Theory and practice of anti-rabic immunisation - Number 30
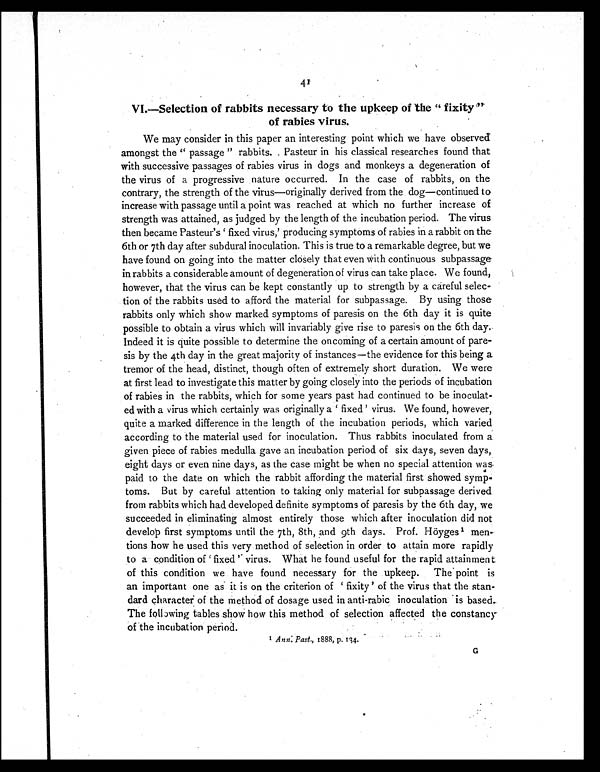
41
VI.—Selection of rabbits necessary to the upkeep of the " fixity"
of rabies virus.
We may consider in this paper an interesting point which we have observed
amongst the "passage" rabbits. Pasteur in his classical researches found that
with successive passages of rabies virus in dogs and monkeys a degeneration of
the virus of a progressive nature occurred. In the case of rabbits, on the
contrary, the strength of the virus—originally derived from the dog—continued to
increase with passage until a point was reached at which no further increase of
strength was attained, as judged by the length of the incubation period. The virus
then became Pasteur's 'fixed virus,' producing symptoms of rabies in a rabbit on the
6th or 7th day after subdural inoculation. This is true to a remarkable degree, but we
have found on going into the matter closely that even with continuous subpassage
in rabbits a considerable amount of degeneration of virus can take place. We found,
however, that the virus can be kept constantly up to strength by a careful selec-
tion of the rabbits used to afford the material for subpassage. By using those
rabbits only which show marked symptoms of paresis on the 6th day it is quite
possible to obtain a virus which will invariably give rise to paresis on the 6th day.
Indeed it is quite possible to determine the oncoming of a certain amount of pare-
sis by the 4th day in the great majority of instances—the evidence for this being a
tremor of the head, distinct, though often of extremely short duration. We were
at first lead to investigate this matter by going closely into the periods of incubation
of rabies in the rabbits, which for some years past had continued to be inoculat-
ed with a virus which certainly was originally a 'fixed' virus. We found, however,
quite a marked difference in the length of the incubation periods, which varied
according to the material used for inoculation. Thus rabbits inoculated from a
given piece of rabies medulla gave an incubation period of six days, seven days,
eight days or even nine days, as the case might be when no special attention was
paid to the date on which the rabbit affording the material first showed symp-
toms. But by careful attention to taking only material for subpassage derived
from rabbits which had developed definite symptoms of paresis by the 6th day, we
succeeded in eliminating almost entirely those which after inoculation did not
develop first symptoms until the 7th, 8th, and 9th days. Prof. Höyges 1 men-
tions how he used this very method of selection in order to attain more rapidly
t o a condi t i on of ' fi xed' vi rus. What he found useful for t he rapi d at t ai nment
of this condition we have found necessary for the upkeep. The point is
an important one as it is on the criterion of 'fixity' of the virus that the stan-
dard character of the method of dosage used in anti-rabic inoculation is based.
The following tables show how this method of selection affected the constancy
of the incubation period.
1 Ann: Past., 1888, p. 134.
G